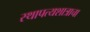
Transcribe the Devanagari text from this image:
स्थापत्यशात्राचा